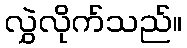
လွှဲလိုက်သည်။